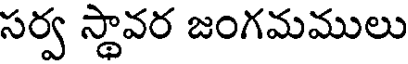
సర్వ స్థావర జంగమములు